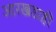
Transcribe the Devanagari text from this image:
आरखडाही